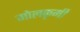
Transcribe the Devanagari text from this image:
गोलकृमी